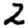
Digit: 2